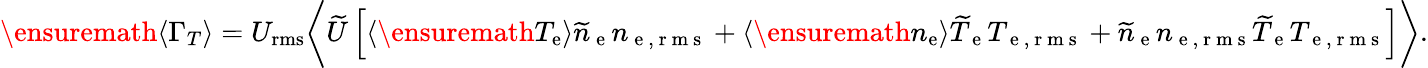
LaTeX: \ensuremath{\langle\Gamma_{T}\rangle}=U_{\mathrm{rms}}\biggl\langle\widetilde{U}\left[\langle{\ensuremath{T_{\mathrm{e}}}}\rangle\widetilde{n}_{\mathrm{~e~}}n_{\mathrm{~e~,~r~m~s~}}+\langle{\ensuremath{n_{\mathrm{e}}}}\rangle\widetilde{T}_{\mathrm{~e~}}T_{\mathrm{~e~,~r~m~s~}}+\widetilde{n}_{\mathrm{~e~}}n_{\mathrm{~e~,~r~m~s~}}\widetilde{T}_{\mathrm{~e~}}T_{\mathrm{~e~,~r~m~s~}}\right]\biggr\rangle.